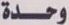
وحدة